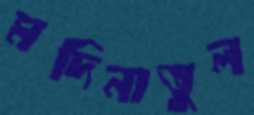
মদিনাতুল